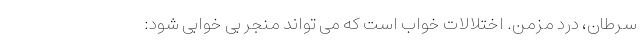
سرطان، درد مزمن. اختلالات خواب است که می تواند منجر بی خوابی شود: